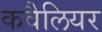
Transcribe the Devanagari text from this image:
कवैलियर